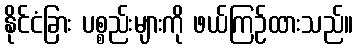
နိုင်ငံခြား ပစ္စည်းများကို ဖယ်ကြဉ်ထားသည်။